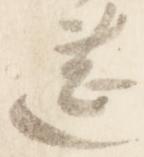
莚